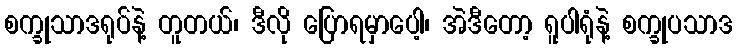
စက္ခုသာဒရုပ်နဲ့ တူတယ်၊ ဒီလို ပြောရမှာပေါ့၊ အဲဒီတော့ ရူပါရုံနဲ့ စက္ခုပသာဒ